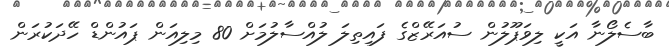
ބާސެލޯނާ އަކީ ލިވަޕޫލުން ސުއަރޭޒްގެ ފައިތިލަ ލުއްސާލުމަށް 80 މިލިއަން ޕައުންޑް ހޭދަކުރަން